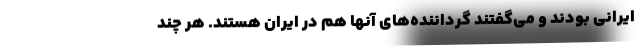
ایرانی بودند و می‌گفتند گرداننده‌های آنها هم در ایران هستند. هر چند